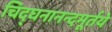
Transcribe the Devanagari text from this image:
चिद्घनानन्दमूर्तये